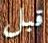
قبل